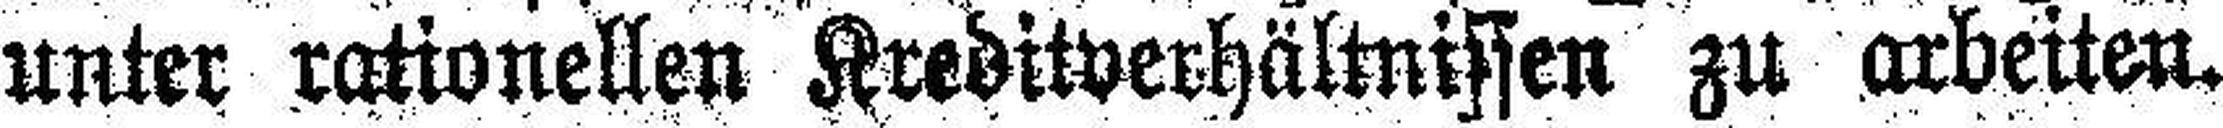
unter rationellen Kreditverhältnissen zu arbeiten.